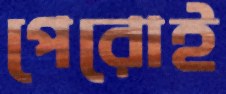
পেরোই